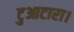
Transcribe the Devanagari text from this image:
टुआटारा।